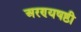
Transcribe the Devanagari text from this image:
अरण्यषष्ठी